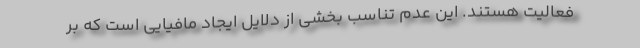
فعالیت هستند. این ‌عدم تناسب بخشی از دلایل ایجاد مافیایی است که بر